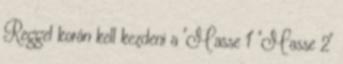
Reggel korán kell kezdeni a "Masse 1" "Masse 2"